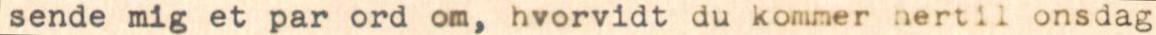
sende mig et par ord om, hvorvidt du kommer hertil onsdag